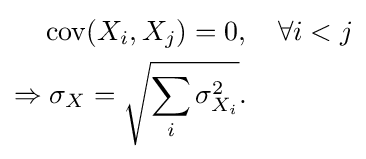
{\begin{aligned}&\operatorname {cov} (X_{i},X_{j})=0,\quad \forall i<j\\\Rightarrow &\;\sigma _{X}={\sqrt {\sum _{i}{\sigma _{X_{i}}^{2}}}}.\end{aligned}}